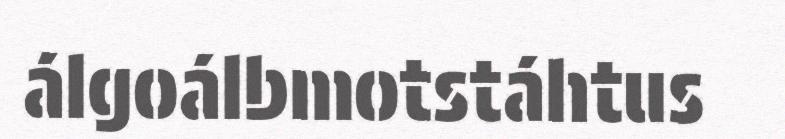
álgoálbmotstáhtus